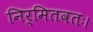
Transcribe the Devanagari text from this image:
निर्मितवतः।